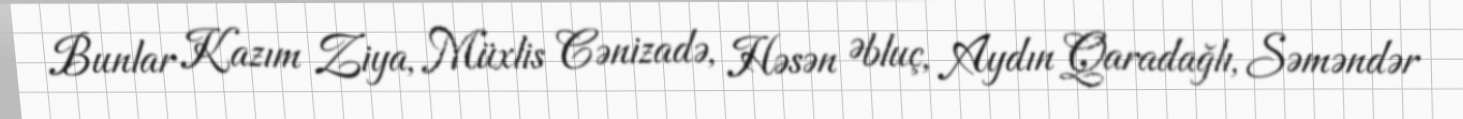
Bunlar Kazım Ziya, Müxlis Cənizadə, Həsən Əbluç, Aydın Qaradağlı, Səməndər